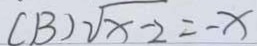
( B ) \sqrt { x - 2 } = - x